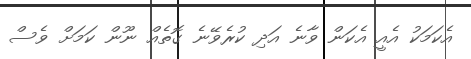
އެކަމަކު އެއީ އެކަން ވާނެ އަދި ކުރެވޭނެ ގޮތެއް ނޫން ކަމަށް ވެސް